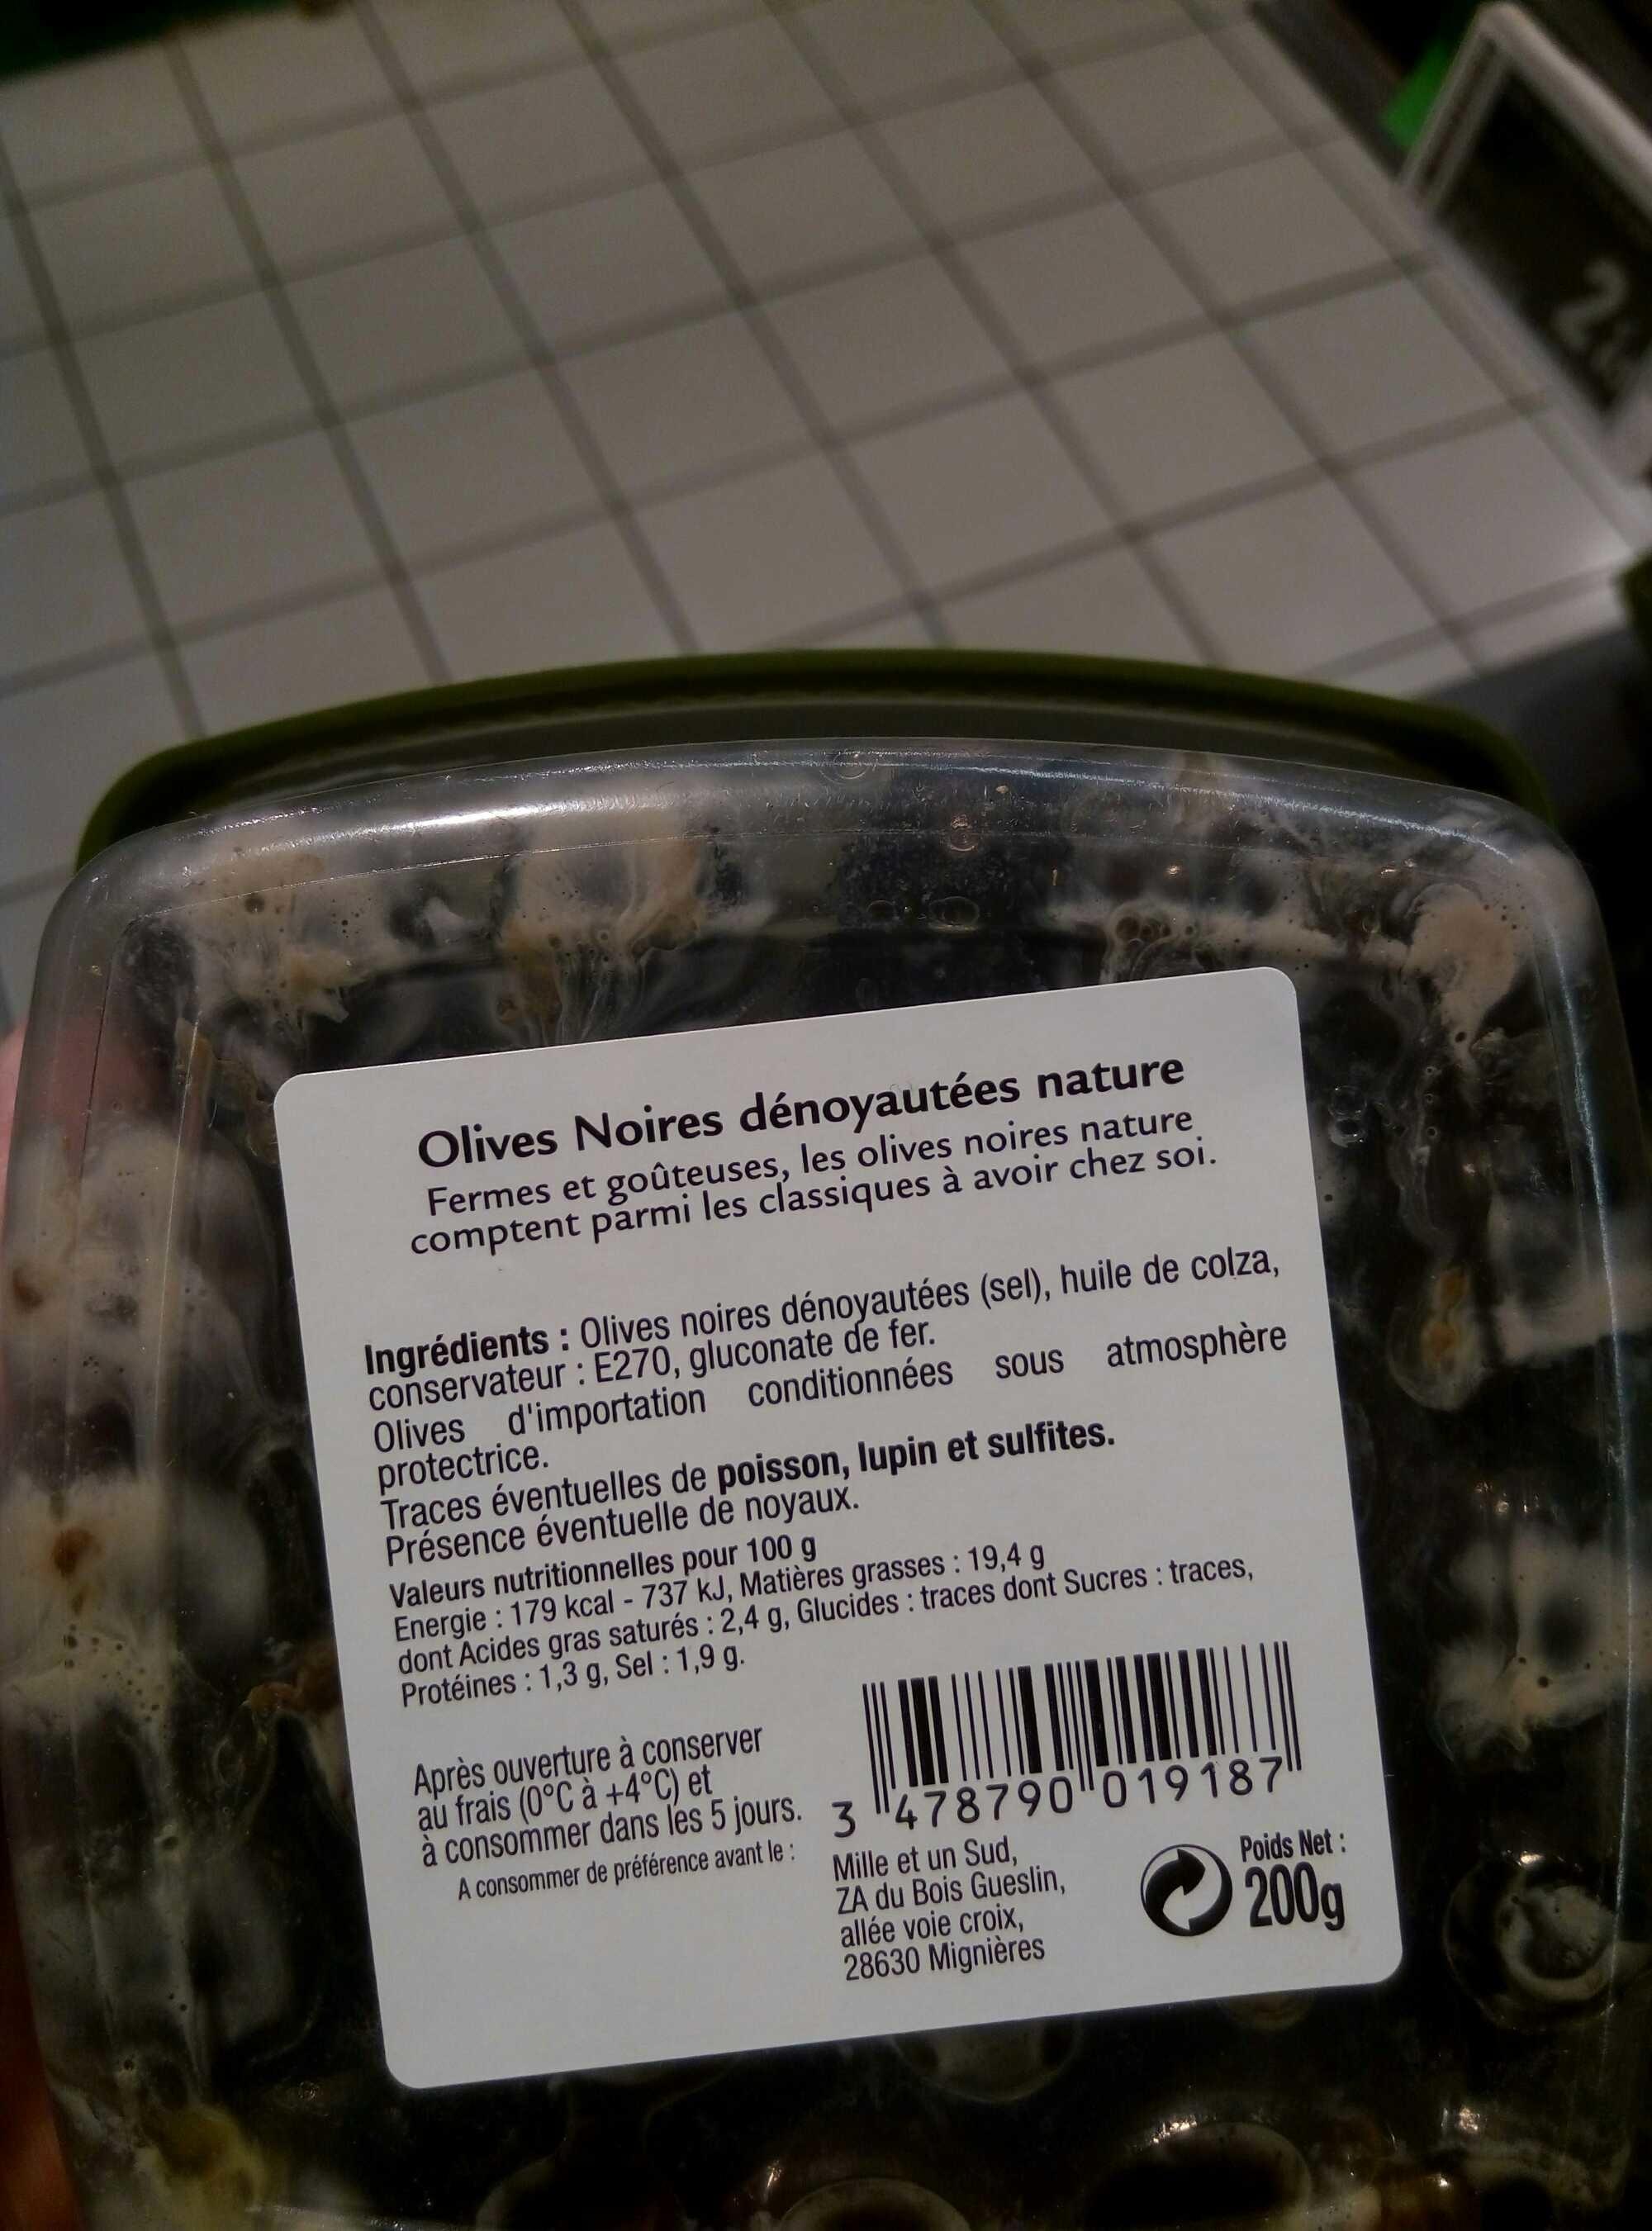
Olives Noires dénoyautées nature Fermes et goûteuses, les olives noires nature comptent parmi les classiques à avoir chez soi.
Ingrédients : Olives noires dénoyautées (sel), huile de colza, conservateur: E270, gluconate de fer.
Olives d'importation conditionnées sous atmosphère protectrice.
Traces éventuelles de poisson, lupin et sulfites.
Présence éventuelle de noyaux.
Valeurs nutritionnelles pour 100 g
Energie: 179 kcal - 737 kJ, Matières grasses : 19,4 g
dont Acides gras saturés: 2,4 g, Glucides traces dont Sucres : traces, Protéines: 1,3 g, Sel : 1,9 g.
Après ouverture à conserver
au frais (0°C à +4°C) et
à consommer dans les 5 jours. 3478790 019187
A consommer de préférence avant le :
Mille et un Sud,
ZA du Bois Gueslin, allée voie croix,
28630 Mignières
Poids Net:
200g
21